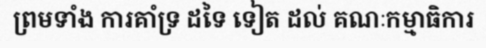
ព្រមទាំង ការគាំទ្រ ដទៃ ទៀត ដល់ គណៈកម្មាធិការ